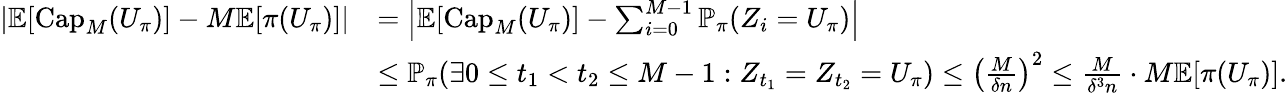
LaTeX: \begin{array}{rl}{\left|\mathbb{E}\! \left[\mathrm{Cap}_{M}(U_{\pi})\right]-M\mathbb{E}\! \left[\pi(U_{\pi})\right]\right|}&{=\left|\mathbb{E}\! \left[\mathrm{Cap}_{M}(U_{\pi})\right]-\sum_{i=0}^{M-1}\mathbb{P}_{\pi}\! \left(Z_{i}=U_{\pi}\right)\right|}\\ &{\leq\mathbb{P}_{\pi}\! \left(\exists 0\leq t_{1}<t_{2}\leq M-1:Z_{t_{1}}=Z_{t_{2}}=U_{\pi}\right)\leq\left(\frac{M}{\delta n}\right)^{2}\leq\frac{M}{\delta^{3}n}\cdot M\mathbb{E}\! \left[\pi(U_{\pi})\right].}\end{array}